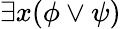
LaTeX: \exists x(\phi\lor\psi)